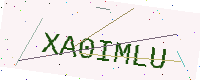
Text: XA0IMLU